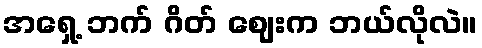
အရှေ့ ဘက် ဂိတ် ဈေးက ဘယ်လိုလဲ။